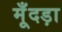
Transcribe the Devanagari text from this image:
मूँदड़ा